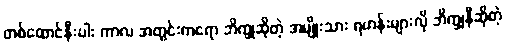
တစ်ထောင်နီးပါး ကာလ အတွင်းကရော ဘိက္ခုဆိုတဲ့ အမျိုးသား ရဟန်းများလို ဘိက္ခုနီဆိုတဲ့